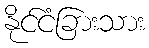
နိုင်ငံခြားသား